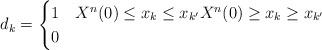
LaTeX: \begin{align*}d_k = \begin{cases} 1 & X^n(0) \leq x_k \leq x_{k'} X^{n}(0)\geq x_k \geq x_{k'} \\0 & \end{cases}\end{align*}